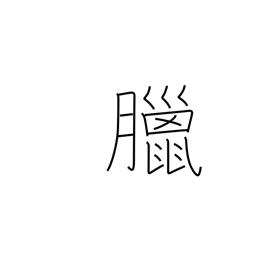
Meaning: 12th lunar month